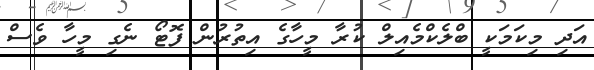
އަދި މިކަމަކީ ބްލެކްމެއިލް ކުރާ މީހާގެ އިތުރުން ފޮޓޯ ނެގި މީހާ ވެސް